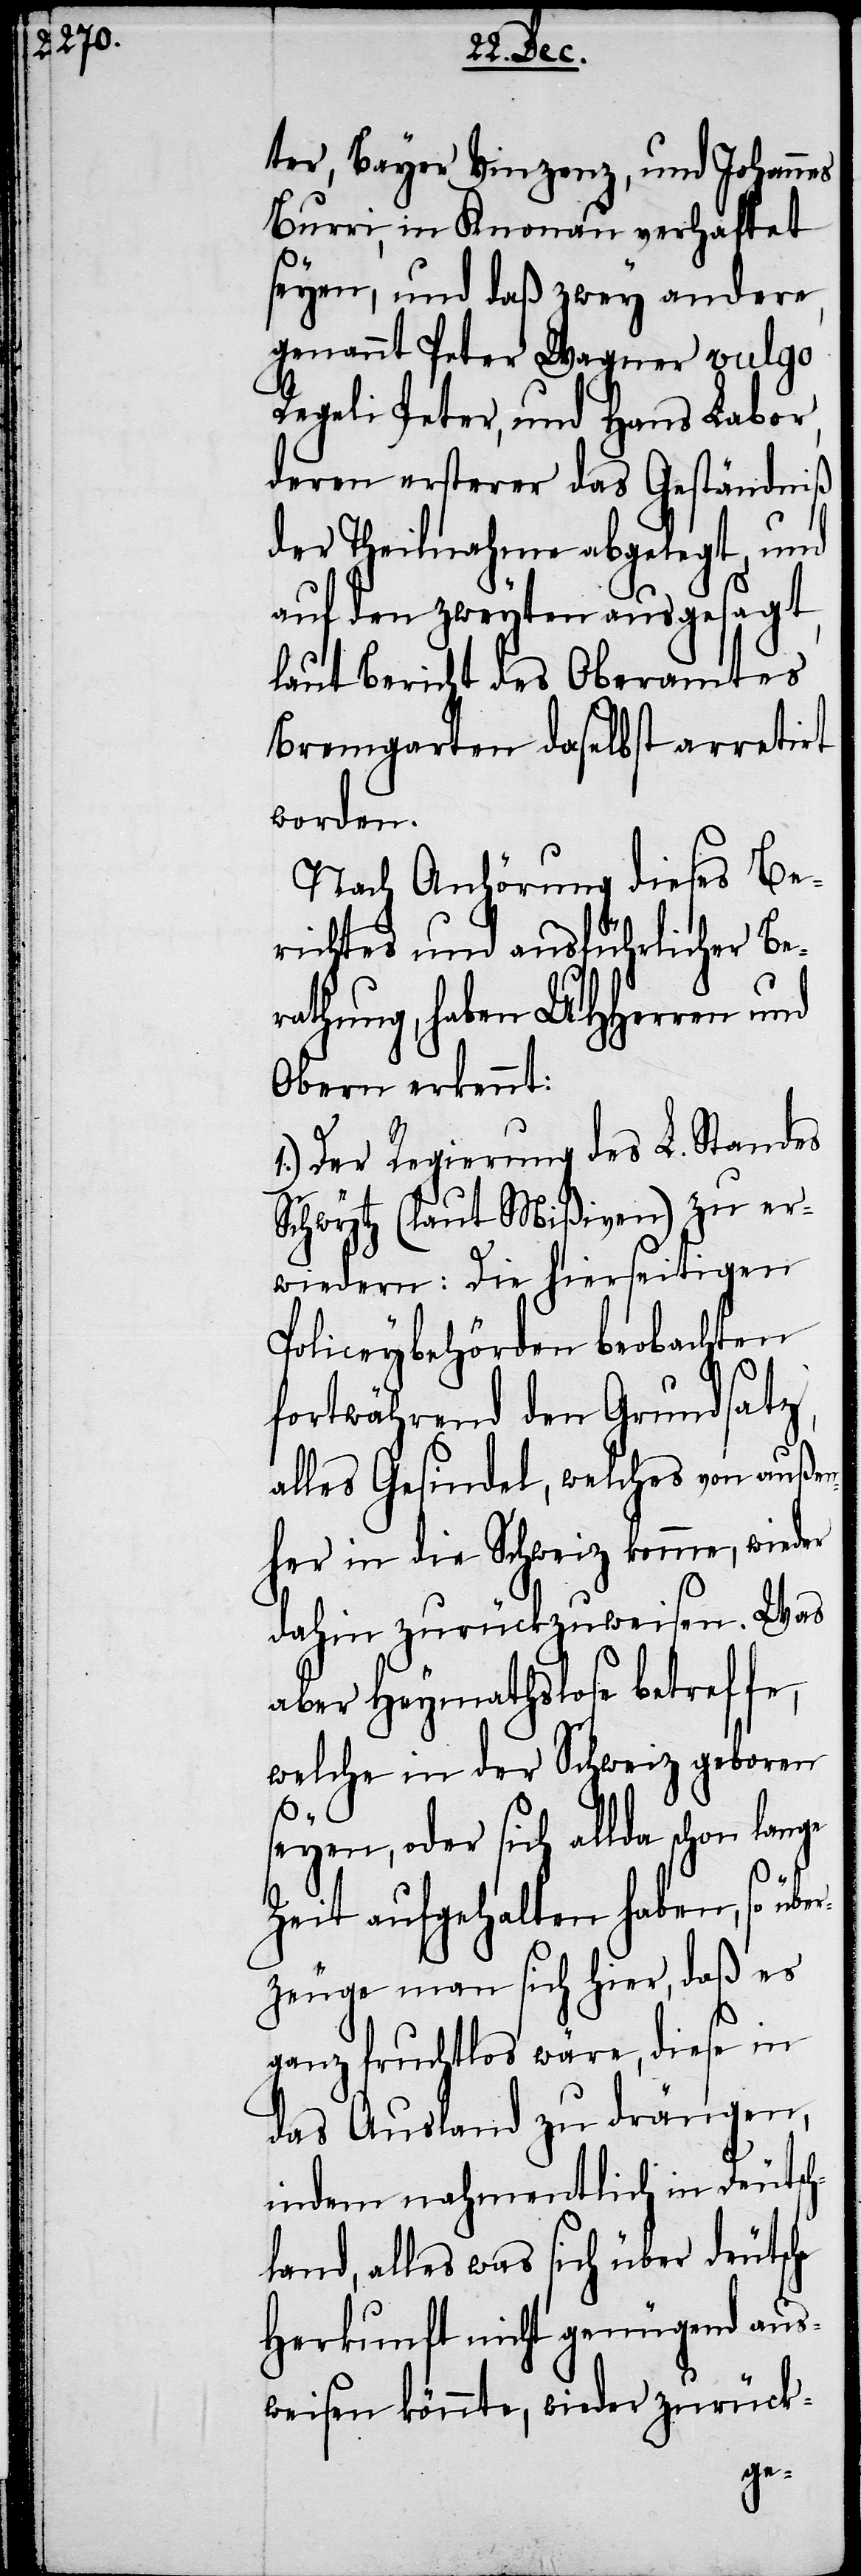
ter, Bayer Vinzenz, und Johannes
Burri, in Knonau verhaftet
seyen, und daß zwey andere,
genannt Peter Wagner vulgo
Regeli Peter, und Hans Labor,
deren ersterer das Geständniß
der Theilnahme abgelegt, und
auf den zweyten ausgesagt,
laut Bericht des Oberamtes
Bremgarten daselbst arretirt
worden.
Nach Anhörung dieses Be¬
richtes und ausführlicher Be¬
rathung, haben UHHerren und
Obern erkennt:
1.) Der Regierung des L. Standes
Schwytz (laut Mißiven) zu er¬
wiedern: Die hierseitigen
Policeybehörden beobachten
fortwährend den Grundsatz,
alles Gesindel, welches von außen¬
her in die Schweiz komme, wieder
dahin zurückzuweisen. Was
aber Heymathslose betreffe,
welche in der Schweiz geboren
seyen, oder sich allda schon lan¬
ge
Zeit aufgehalten haben, so übe¬
rzeuge man sich hier, daß es
ganz fruchtlos wäre, diese in
das Ausland zu drängen,
indem nahmentlich in Deutsch¬
land, alles was sich über deutsche
Herkunft nicht genügend aus¬
weisen könnte, wieder zurück-